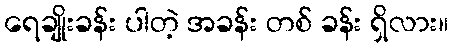
ရေချိုးခန်း ပါတဲ့ အခန်း တစ် ခန်း ရှိလား။